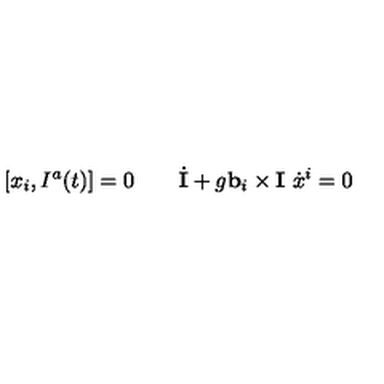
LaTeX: [ x _ { i } , I ^ { a } ( t ) ] = 0 \qquad \dot { \bf I } + g { \bf b } _ { i } \times { \bf I } \ \dot { x } ^ { i } = 0